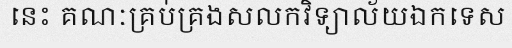
នេះ គណៈគ្រប់គ្រងសលកវិទ្យាល័យឯកទេស